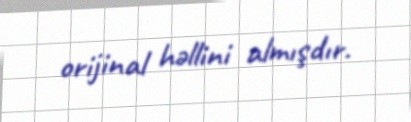
orijinal həllini almışdır.